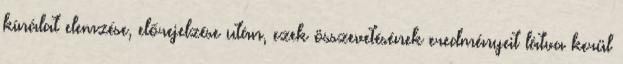
kínálat elemzése, előrejelzése után, ezek összevetésének eredményeit látva kerül